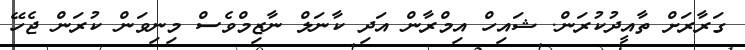
ގަރާރަށް ތާއީދުކުރަން. ޝައިހް އިމްރާން އަދި ކާނަލް ނާޒިމްވެސް މިނިވަން ކުރަން ޖެހޭ